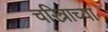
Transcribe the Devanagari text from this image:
चरित्राच्या